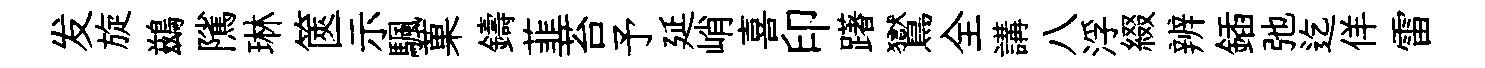
发旋鷀隲琳篋示颿菓鑄韮苔予延峭喜印躇鸑全講八浮綴辨鍤弛迄佯雷